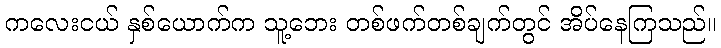
ကလေးငယ် နှစ်ယောက်က သူ့ဘေး တစ်ဖက်တစ်ချက်တွင် အိပ်နေကြသည်။